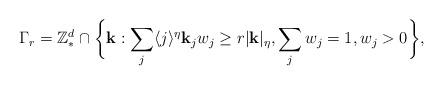
LaTeX: \begin{align*}\Gamma_{r} = \mathbb{Z}^{d}_{*} \cap \bigg\{\mathbf{k}: \sum_{j} \langle j\rangle^{\eta}{\bf k}_{j} w_{j} \geq r|{\bf k}|_{\eta}, \sum_{j}w_{j}=1, w_j>0 \bigg\},\end{align*}